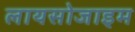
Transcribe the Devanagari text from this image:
लायसोजाइम